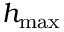
h _ { \mathrm { m a x } }